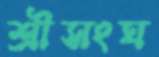
শ্রীসংঘ